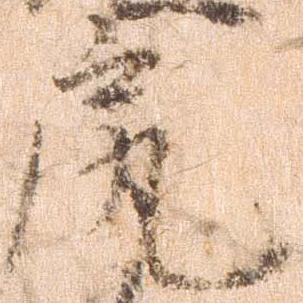
尻